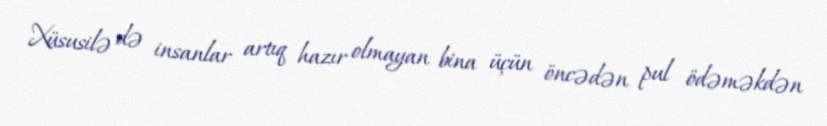
Xüsusilə də insanlar artıq hazır olmayan bina üçün öncədən pul ödəməkdən